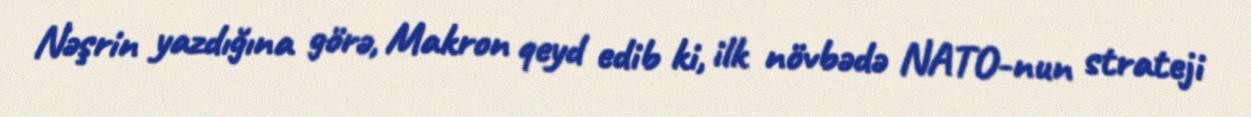
Nəşrin yazdığına görə, Makron qeyd edib ki, ilk növbədə NATO-nun strateji